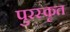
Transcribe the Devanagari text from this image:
पुरस्‍कृत